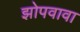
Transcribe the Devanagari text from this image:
झोपवावा